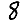
Digit: 8